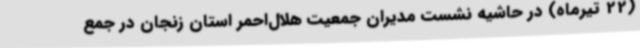
(22 تیرماه) در حاشیه نشست مدیران جمعیت هلال‌احمر استان زنجان در جمع